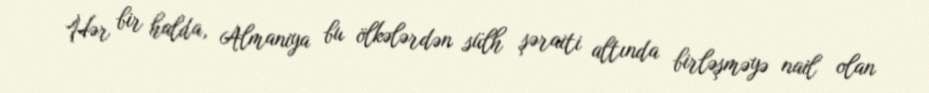
Hər bir halda, Almaniya bu ölkələrdən sülh şəraiti altında birləşməyə nail olan